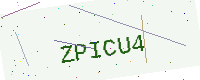
Text: ZPICU4